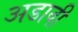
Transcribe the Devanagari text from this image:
अडावी